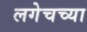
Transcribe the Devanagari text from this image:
लगेचच्या